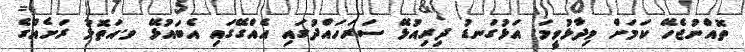
ތޮއްނުޖެހޭ ކަމަށް ވިދާޅުވީމަ. އަޅުގަނޑު ދިރިއުޅޭ ސަރަހައްދުގައި އެއްގޭގައި އެބައުޅޭ ވ.އަތޮޅު ރަށެއްގެ